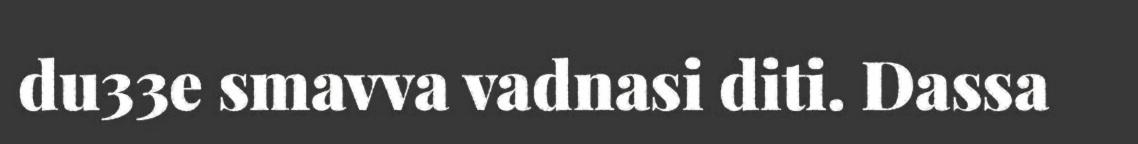
du33e smavva vadnasi diti. Dassa